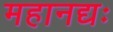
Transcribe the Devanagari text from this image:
महानद्यः